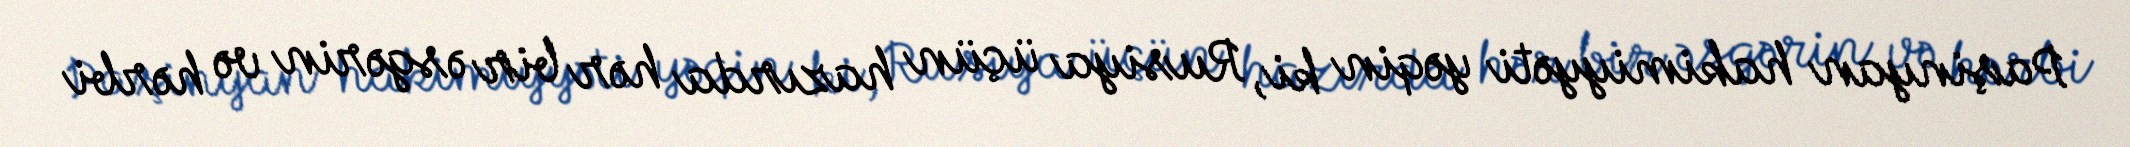
Paşinyan hakimiyyəti yəqin ki, Rusiya üçün hazırda hər bir əsgərin və hərbi